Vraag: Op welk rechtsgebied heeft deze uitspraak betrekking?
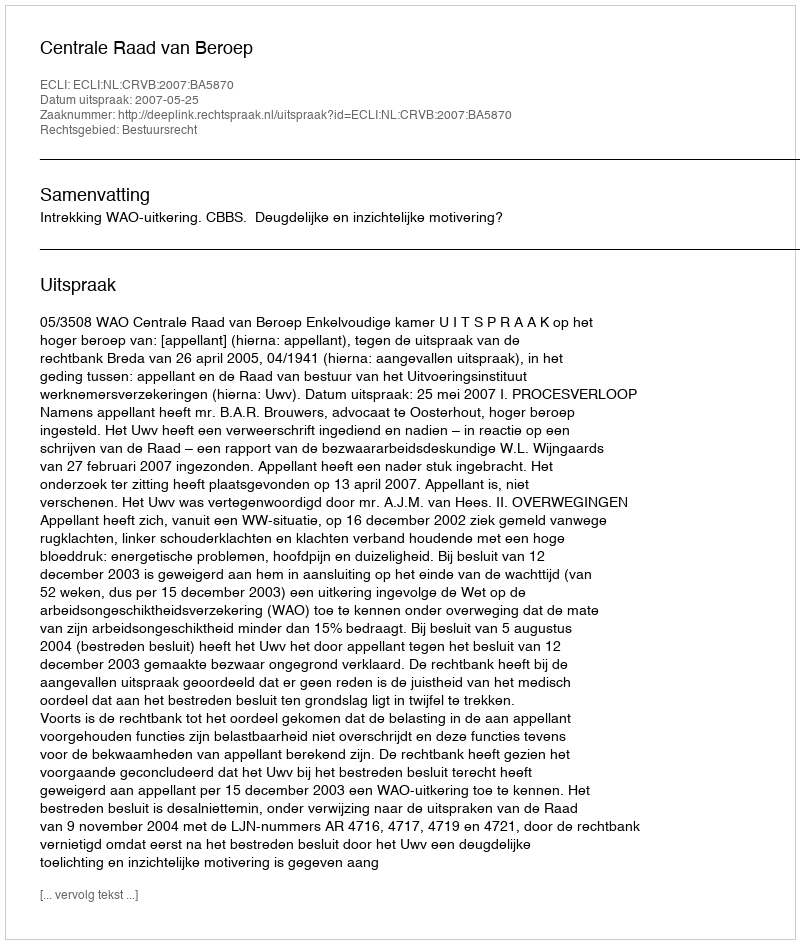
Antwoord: Bestuursrecht